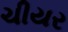
ચીયર